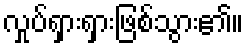
လှုပ်ရှားရှားဖြစ်သွား၏။